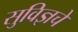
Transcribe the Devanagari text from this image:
सुविज्ञचे